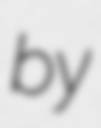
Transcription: by